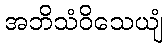
အဘိသံဝိသေယျံ